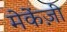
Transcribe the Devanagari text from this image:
मेकेंज़ी